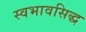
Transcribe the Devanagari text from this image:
स्वभावसिद्ध